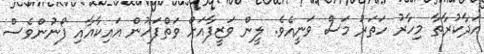
އަދާކުރާތާ މިހާރު ހަތަރު މަސް ވަނީއެވެ. ލީން ވަޒީފާއަށް ވަތްފަހުން އައިކާއާއި ފޯނުންވެސް